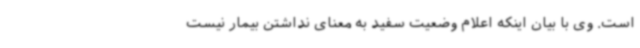
است. وی با بیان اینکه اعلام وضعیت سفید به معنای نداشتن بیمار نیست